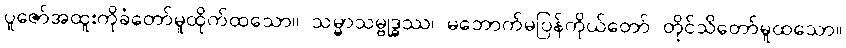
ပူဇော်အထူးကိုခံတော်မူထိုက်ထသော။ သမ္မာသမ္ဗုဒ္ဓဿ၊ မဘောက်မပြန်ကိုယ်တော် တိုင်သိတော်မူထသော။